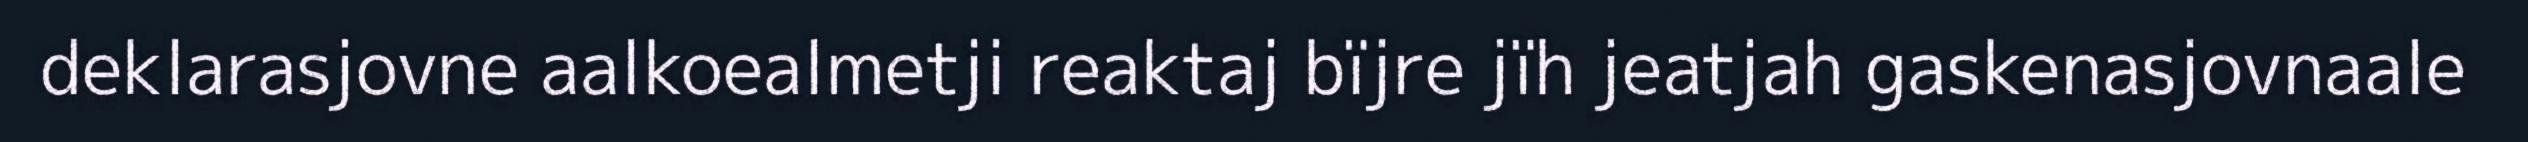
deklarasjovne aalkoealmetji reaktaj bïjre jïh jeatjah gaskenasjovnaale